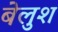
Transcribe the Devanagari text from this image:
बेलुश